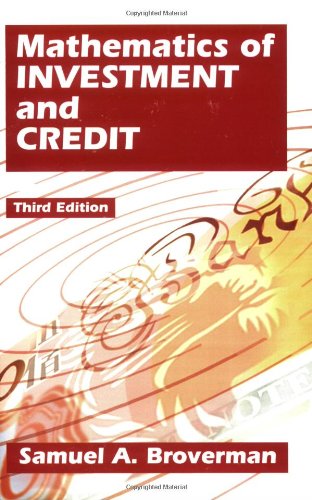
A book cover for Mathematics Of Investment And Credit; Samuel A. Broverman; Business & Money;